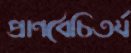
প্রাণবৈচিতর্য